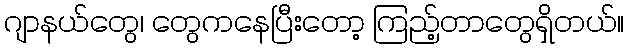
ဂျာနယ်တွေ၊ တွေကနေပြီးတော့ ကြည့်တာတွေရှိတယ်။